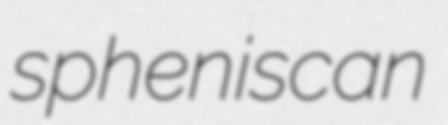
spheniscan